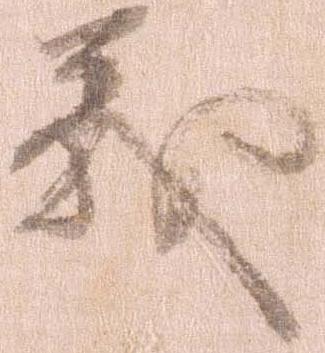
義